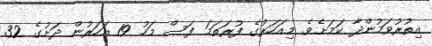
އިތުރުވަމުންދާ ކަމަށެވެ. މިއަހަރުގެ ފުރަތަމަ ފަސް މަހު 19 އަހަރުން ދަށުގެ 32